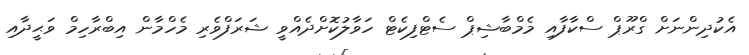
އެކުދިންނަށް ގްރޫޕް ސްކާފާއި މެމްބާޝިޕް ސެޓްފިކެޓް ހަވާލުކޮށްދެއްވީ ޝަރަފްވެރި މެހްމާން އިބްރާހިމް ވަޙީދާއި